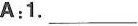
A:1. ___